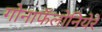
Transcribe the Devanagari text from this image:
गोनाफॅलोनियेरे